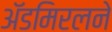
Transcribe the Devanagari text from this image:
ॲडमिरलने